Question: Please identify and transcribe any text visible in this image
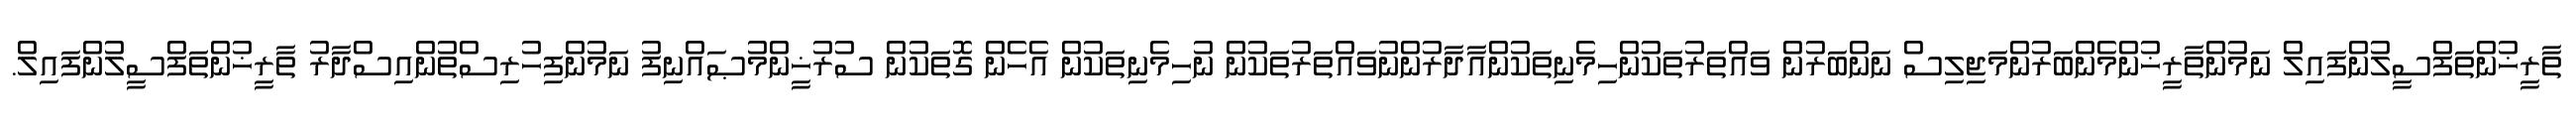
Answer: ތާރީޚުންތަފްސީލުންފައިލް ނަމުންތާރީޚުންމެންބަރުންމަޖިލިސް ނަންބަރުން ވައްތަރުތަކުންހިމެނިތަކުންއާދާރުންނުވައްތަރުތަކުން ނުހިމެނިތަކުން އެހެން ގޮތަކުން ސުރުޚީންމުޞައްނިފު ނަމުންފިހުރިސްތުންއިސްދާރު ތާރީޚުންތަފްސީލުންފައިލް.